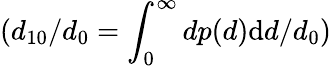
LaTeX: (d_{10}/d_{0}=\int_{0}^{\infty}dp(d)\textrm{d}d/d_{0})